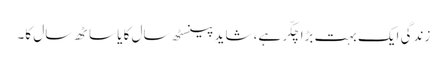
زندگی ایک بہت بڑا چکّر ہے، شاید پینسٹھ سال کا یا ساٹھ سال کا۔